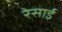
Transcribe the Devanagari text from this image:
रेसाई